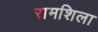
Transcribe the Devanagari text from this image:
रामशिला